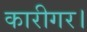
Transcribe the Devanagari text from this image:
कारीगर।